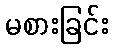
မစားခြင်း